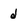
Character: d